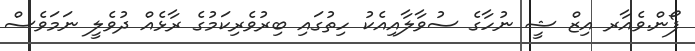
ފޯން.ވެއާރ އިޒް ޝީ ނުހާގެ ސުވާލާއިއެކު ހިތުގައި ބިރުވެރިކަމުގެ ރާޅެއް ދުވެލީ ނަމަވެސް